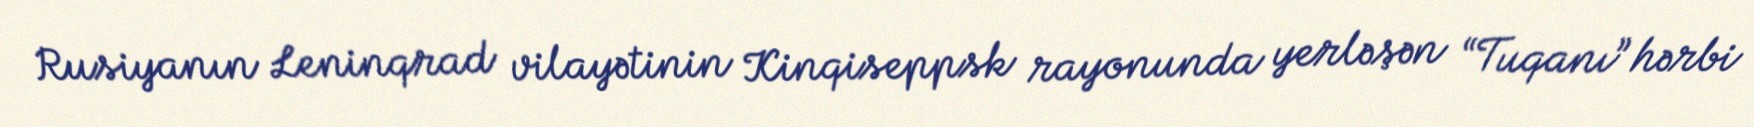
Rusiyanın Leninqrad vilayətinin Kinqiseppsk rayonunda yerləşən “Tuqanı” hərbi